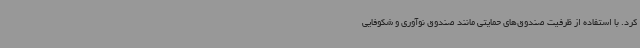
کرد. با استفاده از ظرفیت صندوق‌های حمایتی مانند صندوق نوآوری و شکوفایی